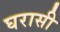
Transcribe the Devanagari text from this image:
घरासी